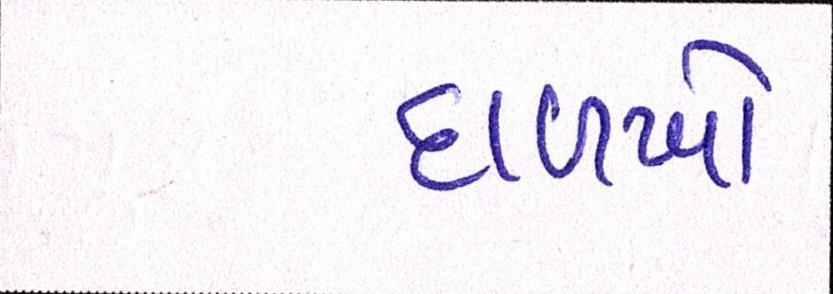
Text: દાળખો